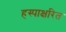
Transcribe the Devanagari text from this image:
हस्पाक्षरित